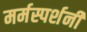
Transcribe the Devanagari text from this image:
मर्मस्पर्शनी